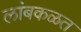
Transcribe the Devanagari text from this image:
लांबकळत